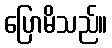
ပြောမိသည်။